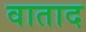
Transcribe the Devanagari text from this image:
वाताद